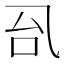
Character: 𰀼